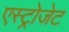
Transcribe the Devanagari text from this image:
एस्‍ट्रोजेट